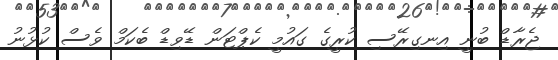
ޖެރާޑް ބުނީ އިނގިރޭސި ކުރީގެ ގައުމީ ކެޕްޓަން ޑޭވިޑް ބެކަމް ވެސް ކުޅުނު